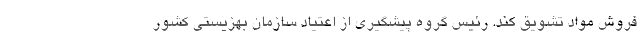
فروش مواد تشویق کند. رئیس گروه پیشگیری از اعتیاد سازمان بهزیستی کشور